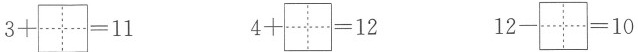
$$3+\aquare =11$$ $$4+\aquare =12$$ $$12-\aquare =10$$